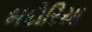
ભદોરિયા